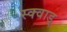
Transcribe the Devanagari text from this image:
स्क्वाड्